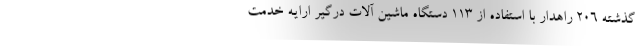
گذشته ۲۰۶ راهدار با استفاده از ۱۱۳ دستگاه ماشین آلات درگیر ارایه خدمت